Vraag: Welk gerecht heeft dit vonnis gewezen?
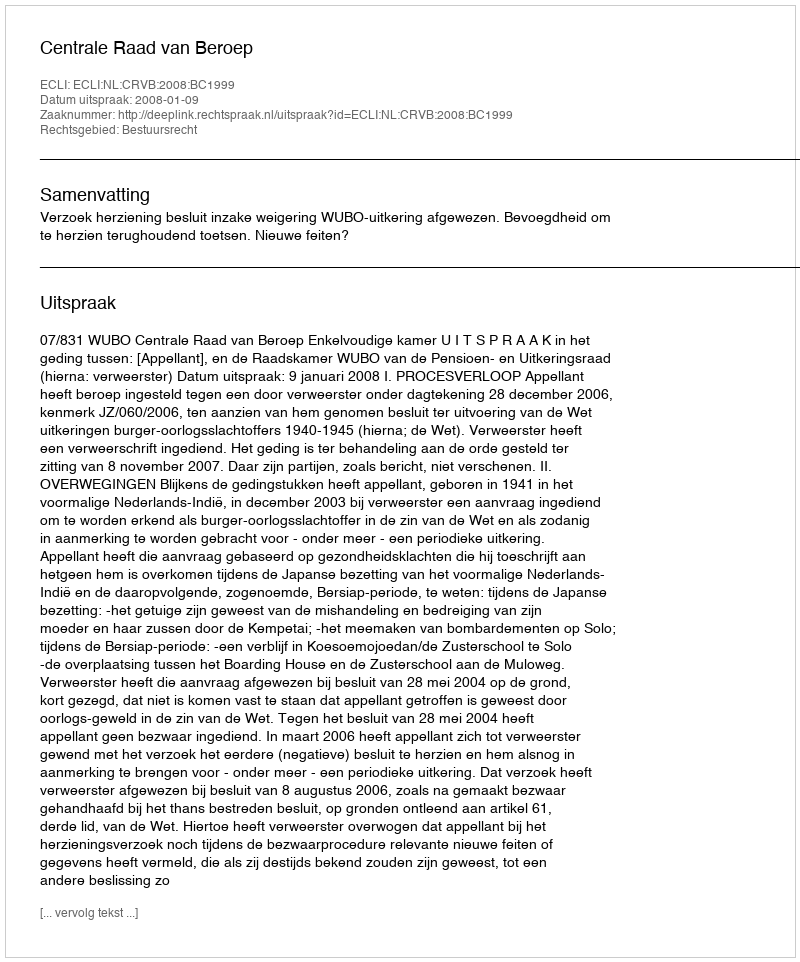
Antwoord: Centrale Raad van Beroep